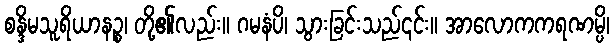
စန္ဒိမသူရိယာနဉ္စ၊ တို့၏လည်း။ ဂမနံပိ၊ သွားခြင်းသည်၎င်း။ အာလောကကရဏမ္ပိ၊